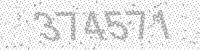
Solution: 374571